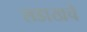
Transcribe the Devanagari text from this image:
लडाखचे